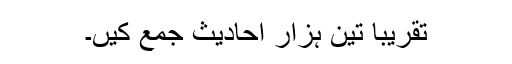
تقریباً تین ہزار احادیث جمع کیں۔